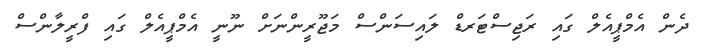
ދެން އެމްޕީއެލް ގައި ރަޖިސްޓަރޑް ލައިސަންސް މަޖޫރީންނަށް ނޫނީ އެމްޕީއެލް ގައި ފްރީލާންސް